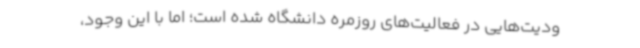
ودیت‌هایی در فعالیت‌های روزمره دانشگاه شده است؛ اما با این وجود،